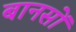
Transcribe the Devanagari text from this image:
बानसों